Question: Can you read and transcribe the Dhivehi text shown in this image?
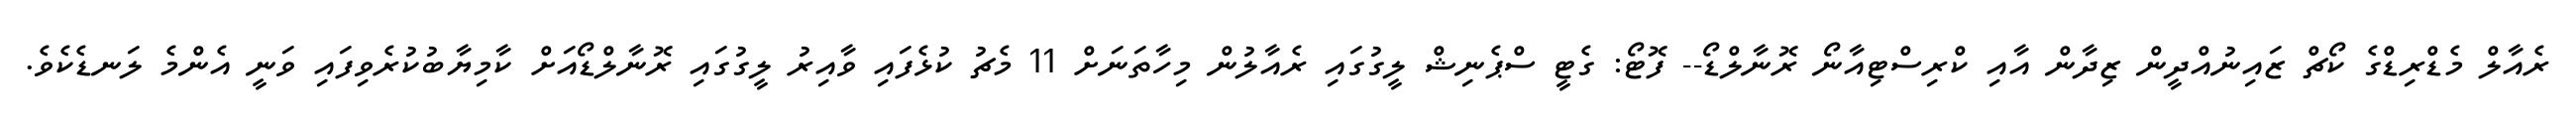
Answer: ރެއާލް މެޑްރިޑްގެ ކޯޗް ޒައިނުއްދީން ޒިދާން އާއި ކްރިސްޓިއާނޯ ރޮނާލްޑޯ-- ފޮޓޯ: ގެޓީ ސްޕެނިޝް ލީގުގައި ރެއާލުން މިހާތަނަށް 11 މެޗު ކުޅެފައި ވާއިރު ލީގުގައި ރޮނާލްޑޯއަށް ކާމިޔާބުކުރެވިފައި ވަނީ އެންމެ ލަނޑެކެވެ.